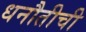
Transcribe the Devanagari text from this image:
धनौतीची